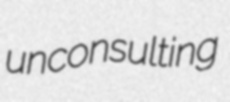
unconsulting